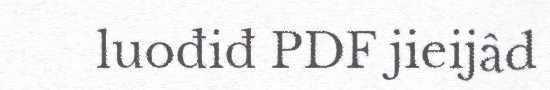
luođiđ PDF jieijâd